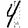
Digit: 4